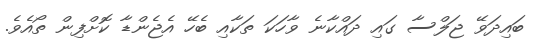
ބައިދަވޭ ޖަލްސާ ގައި ދައްކާނެ ވާހަކަ ތަކާއި ބެހޭ އެޖެންޑާ ކޮށްފިން ތޯއެވެ.